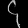
Digit: ၄